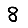
Digit: 8